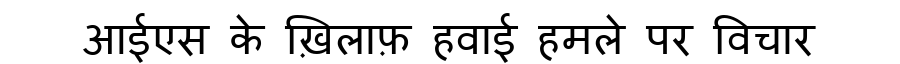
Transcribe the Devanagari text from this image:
आईएस के ख़िलाफ़ हवाई हमले पर विचार